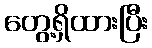
တွေ့ရှိထားပြီး